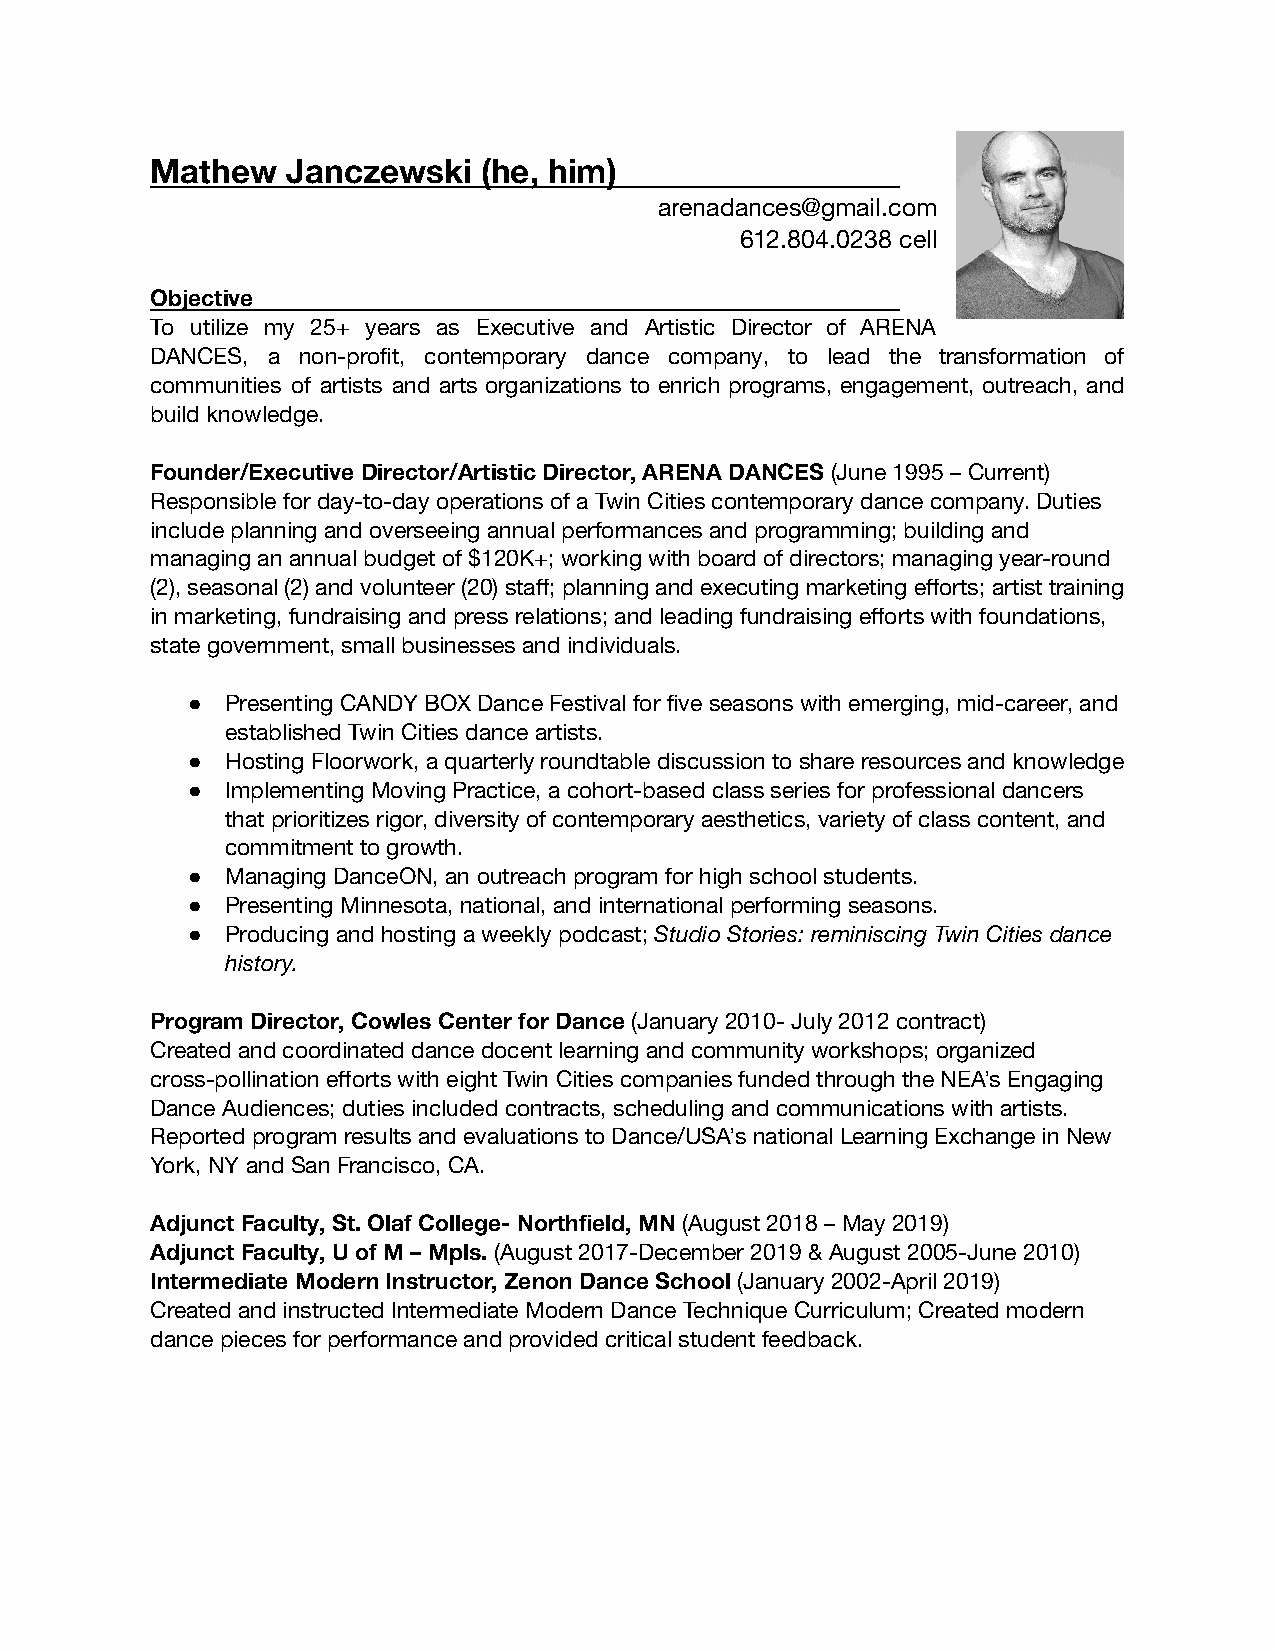
Mathew   Janczewski   (he, him)
 arenadances@gmail.com
 612.804.0238 cell
 Objective
 To utilize my 25+ years as Executive and Artistic Director of ARENA
 DANCES, a non-profit, contemporary dance company, to lead the transformation of
 communities of artists and arts organizations to enrich programs, engagement, outreach, and
 build knowledge.
 Founder/Executive Director/Artistic Director, ARENA DANCES (June 1995 – Current)
 Responsible for day-to-day operations of a Twin Cities contemporary dance company. Duties
 include planning and overseeing annual performances and programming; building and
 managing an annual budget of $120K+; working with board of directors; managing year-round
 (2), seasonal (2) and volunteer (20) staff; planning and executing marketing efforts; artist training
 in marketing, fundraising and press relations; and leading fundraising efforts with foundations,
 state government, small businesses and individuals.
 ●  Presenting CANDY BOX Dance Festival for five seasons with emerging, mid-career, and
 established Twin Cities dance artists.
 ●  Hosting Floorwork, a quarterly roundtable discussion to share resources and knowledge
 ●  Implementing Moving Practice, a cohort-based class series for professional dancers
 that prioritizes rigor, diversity of contemporary aesthetics, variety of class content, and
 commitment to growth.
 ●  Managing DanceON, an outreach program for high school students.
 ●  Presenting Minnesota, national, and international performing seasons.
 ●  Producing and hosting a weekly podcast; Studio Stories: reminiscing Twin Cities dance
 history.
 Program Director, Cowles Center for Dance (January 2010- July 2012 contract)
 Created and coordinated dance docent learning and community workshops; organized
 cross-pollination efforts with eight Twin Cities companies funded through the NEA’s Engaging
 Dance Audiences; duties included contracts, scheduling and communications with artists.
 Reported program results and evaluations to Dance/USA’s national Learning Exchange in New
 York, NY and San Francisco, CA.
 Adjunct Faculty, St. Olaf College- Northfield, MN (August 2018 – May 2019)
 Adjunct Faculty, U of M – Mpls. (August 2017-December 2019 & August 2005-June 2010)
 Intermediate Modern Instructor, Zenon Dance School (January 2002-April 2019)
 Created and instructed Intermediate Modern Dance Technique Curriculum; Created modern
 dance pieces for performance and provided critical student feedback.